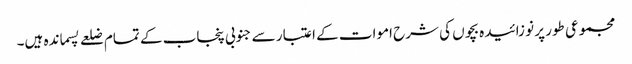
مجموعی طور پر نو زائیدہ بچوں کی شرح اموات کے اعتبار سے جنوبی پنجاب کے تمام ضلعے پسماندہ ہیں۔